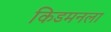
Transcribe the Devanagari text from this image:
किडमनला